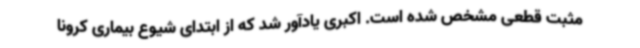
مثبت قطعی مشخص شده است. اکبری یادآور شد که از ابتدای شیوع بیماری کرونا